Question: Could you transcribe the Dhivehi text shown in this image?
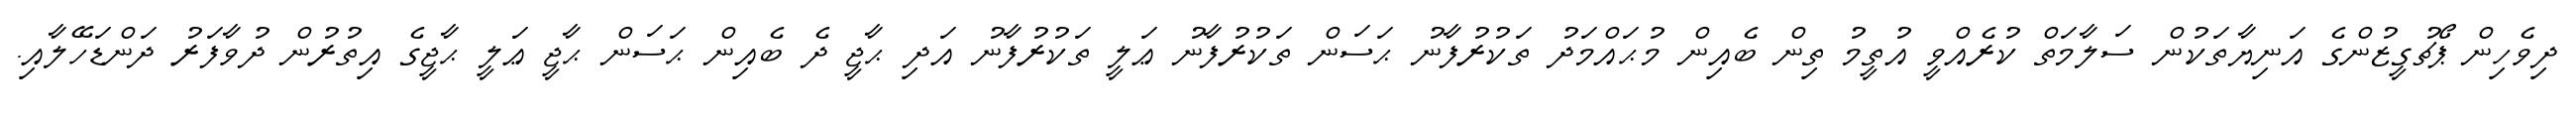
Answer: ދިވެހިން ޕޯޗުގީޒުންގެ އަނިޔާތަކުން ސަލާމަތް ކުރެއްވީ އުތީމު ތިން ބެއިން މުޙައްމަދު ތަކުރުފާނު ޙަސަން ތަކުރުފާނު ޢަލީ ތަކުރުފާނު އަދި ޙާޖީ ދެ ބެއިން ޙަސަން ޙާޖީ ޢަލީ ޙާޖީގެ އިތުރުން ދުވާފަރު ދަންޑަހޭލާއި.